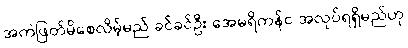
အကဲဖြတ်မိစေလိမ့်မည် ခင်ခင်ဦး အေမရိကန်င အလုပ်ရရှိမည်ဟု